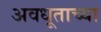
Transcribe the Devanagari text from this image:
अवधूताच्या